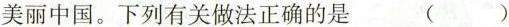
建设美丽中国。下列有关做法正确的是 ( )